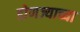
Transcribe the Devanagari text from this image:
डोणज्याच्या